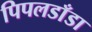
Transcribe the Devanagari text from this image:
पिपलडाँडा